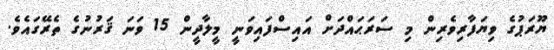
ޔޫރަޕުގެ ވިޔަފާރިވެރިން މި ސަރަޙައްދަށް އައިސްފައިވަނީ މީލާދީން 15 ވަނަ ޤަރުނުގެ ތެރޭގައެވެ.